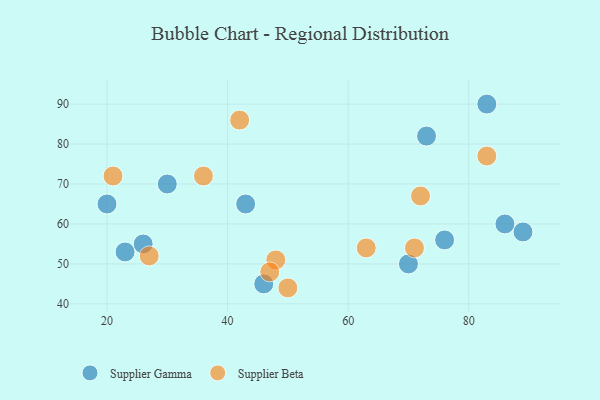
{"axis": {"x": "GDP", "y": "Life Expectancy"}, "legend": ["Supplier Beta", "Supplier Gamma"], "data": [{"x": "70", "y": 50, "type": "Supplier Gamma"}, {"x": "20", "y": 65, "type": "Supplier Gamma"}, {"x": "30", "y": 70, "type": "Supplier Gamma"}, {"x": "89", "y": 58, "type": "Supplier Gamma"}, {"x": "46", "y": 45, "type": "Supplier Gamma"}, {"x": "83", "y": 90, "type": "Supplier Gamma"}, {"x": "73", "y": 82, "type": "Supplier Gamma"}, {"x": "23", "y": 53, "type": "Supplier Gamma"}, {"x": "86", "y": 60, "type": "Supplier Gamma"}, {"x": "43", "y": 65, "type": "Supplier Gamma"}, {"x": "26", "y": 55, "type": "Supplier Gamma"}, {"x": "76", "y": 56, "type": "Supplier Gamma"}, {"x": "71", "y": 54, "type": "Supplier Beta"}, {"x": "72", "y": 67, "type": "Supplier Beta"}, {"x": "63", "y": 54, "type": "Supplier Beta"}, {"x": "48", "y": 51, "type": "Supplier Beta"}, {"x": "21", "y": 72, "type": "Supplier Beta"}, {"x": "27", "y": 52, "type": "Supplier Beta"}, {"x": "83", "y": 77, "type": "Supplier Beta"}, {"x": "47", "y": 48, "type": "Supplier Beta"}, {"x": "42", "y": 86, "type": "Supplier Beta"}, {"x": "50", "y": 44, "type": "Supplier Beta"}, {"x": "36", "y": 72, "type": "Supplier Beta"}]}